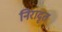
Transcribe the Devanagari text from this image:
निरादृत